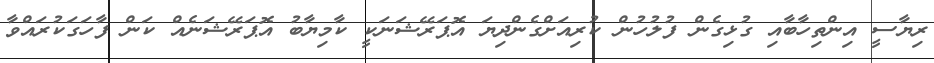
ރިޔާސީ އިންތިހާބާއި ގުޅިގެން ފުލުހުން ކުރިއަށްގެންދިޔަ އޮޕަރޭޝަނަކީ ކާމިޔާބު އޮޕަރޭޝަނެއް ކަން ފާހަގަކުރައްވާ